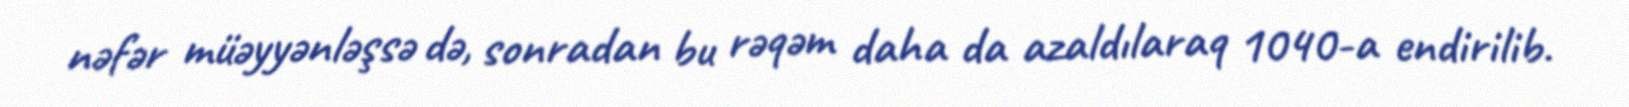
nəfər müəyyənləşsə də, sonradan bu rəqəm daha da azaldılaraq 1040-a endirilib.